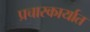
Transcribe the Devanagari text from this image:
प्रचारकार्यात